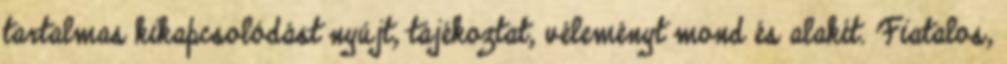
tartalmas kikapcsolódást nyújt, tájékoztat, véleményt mond és alakít. Fiatalos,